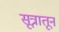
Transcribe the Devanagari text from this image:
सूत्रातून